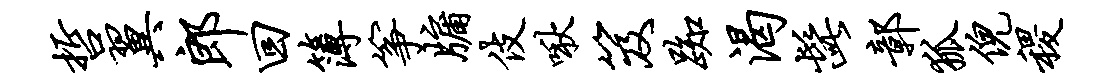
哲翼郎回簿筝牖伎啾笈踟渴髭鄣狐倪稷